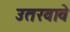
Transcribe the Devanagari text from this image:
उतरवावे